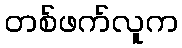
တစ်ဖက်လူက